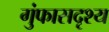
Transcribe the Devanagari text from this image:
गुंफासदृश्य